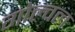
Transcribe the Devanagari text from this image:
गोल्वल